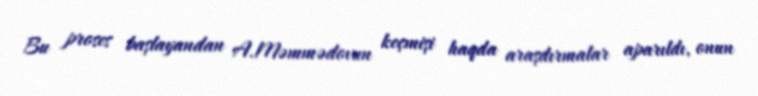
Bu proses başlayandan A.Məmmədovun keçmişi haqda araşdırmalar aparıldı, onun